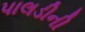
પાલડીની